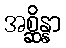
အစ္ဆိန္နာ